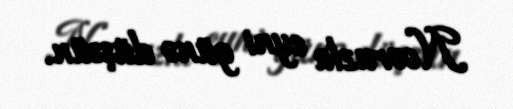
Novruzla eyni günə düşsün.